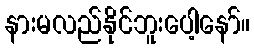
နားမလည်နိုင်ဘူးပေါ့နော်။